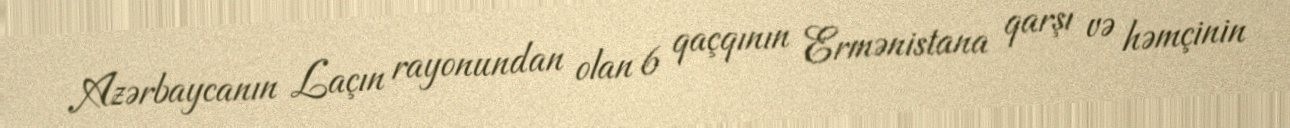
Azərbaycanın Laçın rayonundan olan 6 qaçqının Ermənistana qarşı və həmçinin